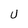
Character: U